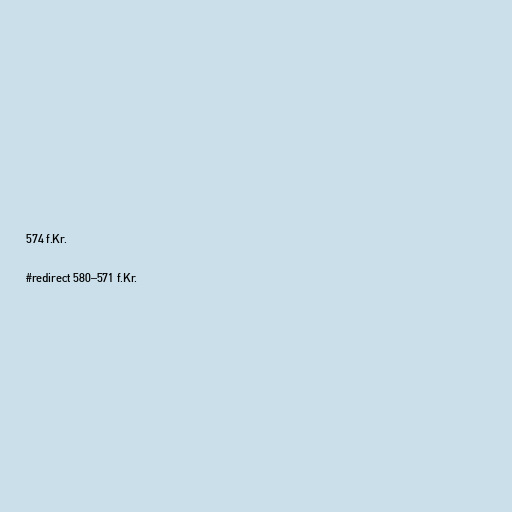
574 f.Kr.

#redirect 580–571 f.Kr.